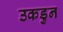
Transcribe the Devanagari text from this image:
उकडुन